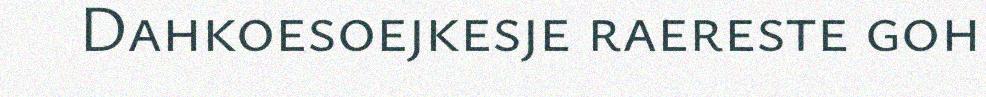
Dahkoesoejkesje raereste goh